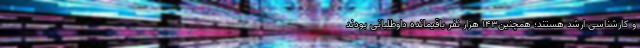
و کارشناسی ارشد هستند؛ همچنین۱۴۳ هزار نفر باقیمانده داوطلبانی بودند